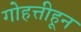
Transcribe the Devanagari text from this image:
गोहत्तीहून